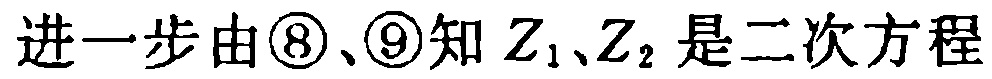
进一步由\textcircled{8}、\textcircled{9}知 \(Z_1\)、\(Z_2\) 是二次方程